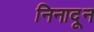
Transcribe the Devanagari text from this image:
निनादून